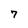
Character: 7